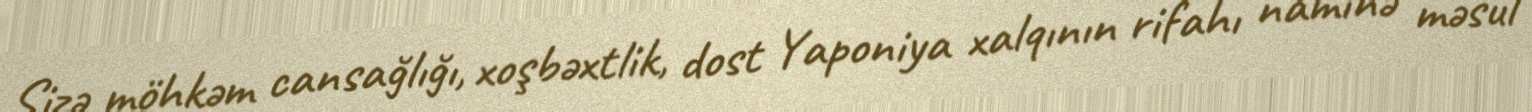
Sizə möhkəm cansağlığı, xoşbəxtlik, dost Yaponiya xalqının rifahı naminə məsul